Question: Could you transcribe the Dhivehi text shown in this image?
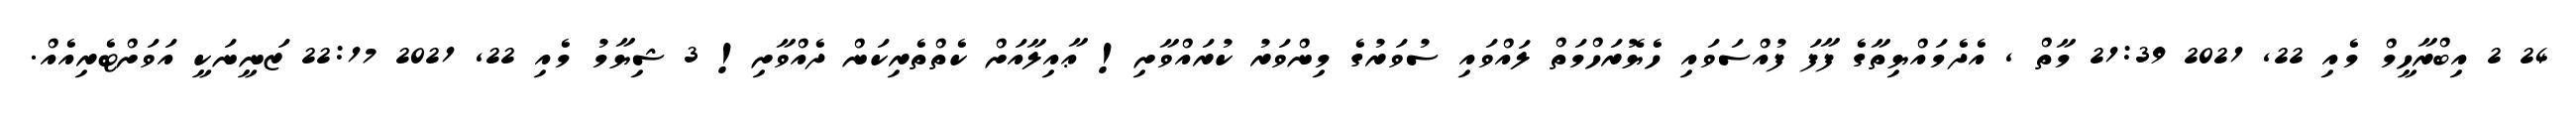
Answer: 24 2 އިބްރާހީމް މެއި 22, 2021 21:39 މާތް , އެދެމައްޔިތާގެ ފާފަ ފުއްސަވައި ހެޔޮރަހްމަތް ލައްވައި ސުވަރުގެ މިންވަރު ކުރައްވާށި! ޢާއިލާއަށް ކެތްތެރިކަން ދެއްވާށި! 3 ޝިޔާމު މެއި 22, 2021 22:17 ޒަނީނަކީ އަވަށްޓެރިއެއް.